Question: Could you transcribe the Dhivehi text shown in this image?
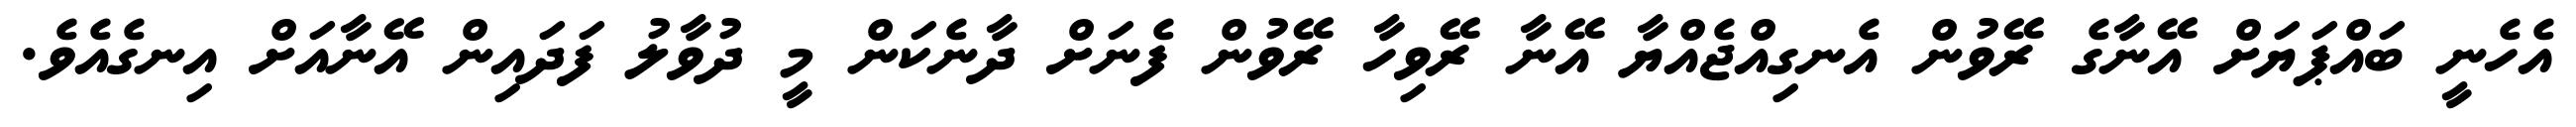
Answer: އެހެނީ ބައްޕަޔަށް އޭނާގެ ރޭވުން އެނގިއްޖެއްޔާ އޭނާ ރޭވިހާ ރޭވުން ފެނަށް ދާނެކަން މީ ދުވާލު ފަދައިން އޭނާއަށް އިނގެއެވެ.